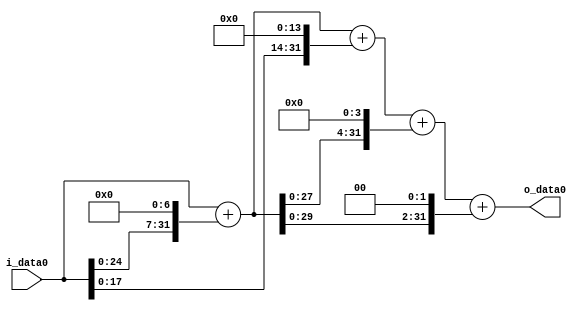
module multiplier_block (
    i_data0,
    o_data0
);

  // Port mode declarations:
  input   [31:0] i_data0;
  output  [31:0]
    o_data0;

  //Multipliers:

  wire [31:0]
    w1,
    w128,
    w129,
    w16384,
    w16513,
    w2064,
    w18577,
    w516,
    w19093;

  assign w1 = i_data0;
  assign w128 = w1 << 7;
  assign w129 = w1 + w128;
  assign w16384 = w1 << 14;
  assign w16513 = w129 + w16384;
  assign w18577 = w16513 + w2064;
  assign w19093 = w18577 + w516;
  assign w2064 = w129 << 4;
  assign w516 = w129 << 2;

  assign o_data0 = w19093;

  //multiplier_block area estimate = 6895.627370925;
endmodule